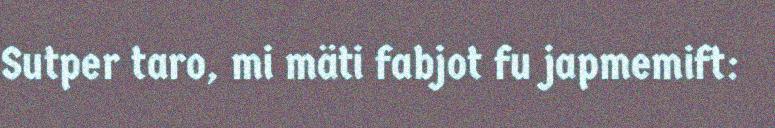
Sutper taro, mi mäti fabjot fu japmemift: